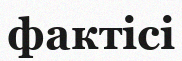
фактісі